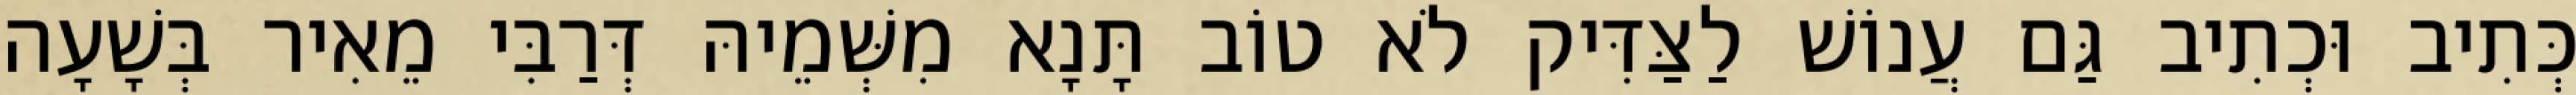
כְּתִיב וּכְתִיב גַּם עֲנוֹשׁ לַצַּדִּיק לֹא טוֹב תָּנָא מִשְּׁמֵיהּ דְּרַבִּי מֵאִיר בְּשָׁעָה